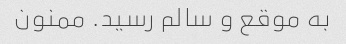
به موقع و سالم رسید. ممنون